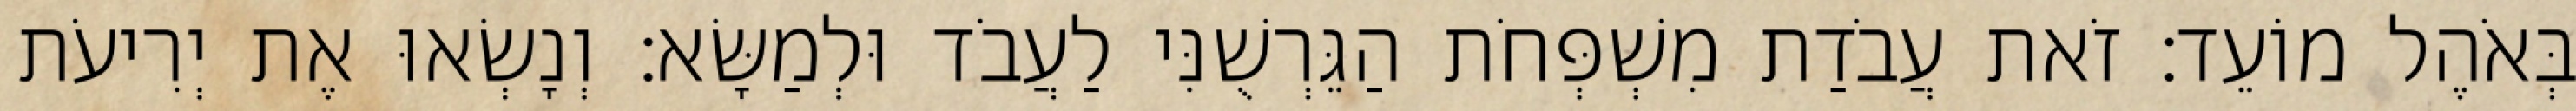
בְּאֹהֶל מוֹעֵד׃ זֹאת עֲבֹדַת מִשְׁפְּחֹת הַגֵּרְשֻׁנִּי לַעֲבֹד וּלְמַשָּׂא׃ וְנָשְׂאוּ אֶת יְרִיעֹת